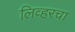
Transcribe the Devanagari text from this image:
लिव्हरचा